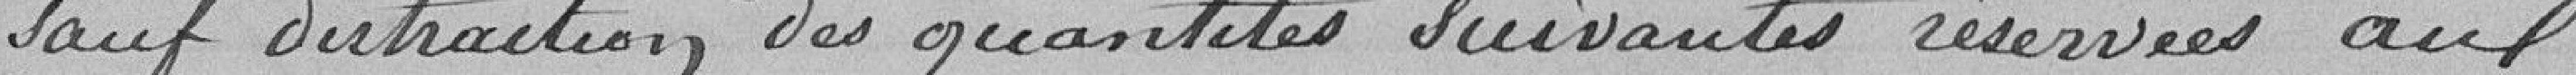
sauf distraction des quantités suivantes réservées aux